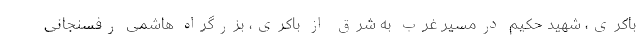
باکری، شهید حکیم درمسیر غرب به شرق از باکری، بزرگراه هاشمی رفسنجانی